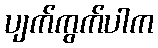
ပျက်ကွက်ပါက